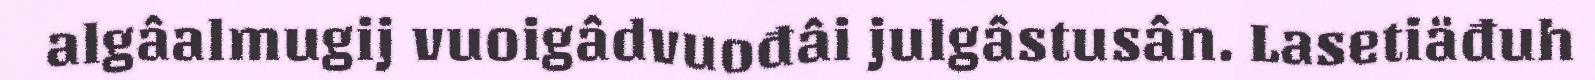
algâalmugij vuoigâdvuođâi julgâstusân. Lasetiäđuh